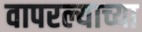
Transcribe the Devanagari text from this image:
वापरल्याच्या